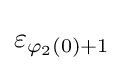
\varepsilon _{\varphi _{2}(0)+1}